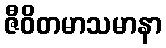
ဇီဝိတမာသမာနာ